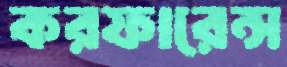
করফারেন্স